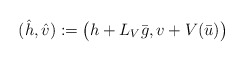
\begin{align*}(\hat h, \hat v):=\big(h+L_V \bar g, v+ V (\bar u)\big)\end{align*}